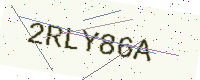
Text: 2RLY86A